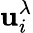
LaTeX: \mathbf{u}_{i}^{\lambda}